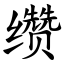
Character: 缵